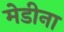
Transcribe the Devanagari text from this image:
मेडीना